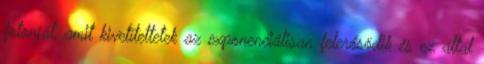
fotonját, amit kivetítettetek az exponenciálisan felerősödik és ez által